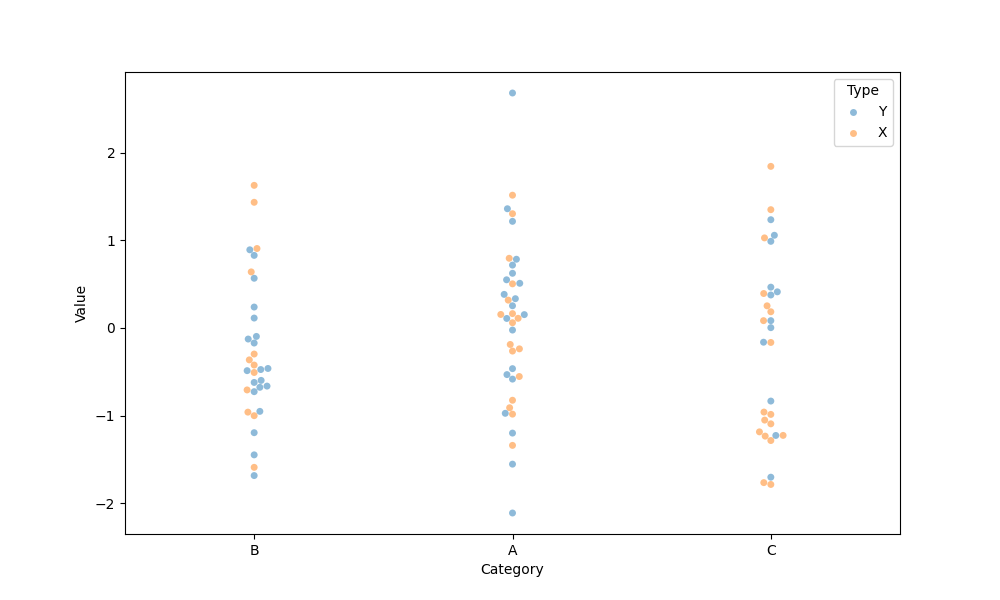
python, seaborn, swarmplot, dodge=False, alpha=0.5, size=5